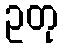
ဥတု